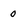
Character: 0